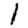
Digit: 1